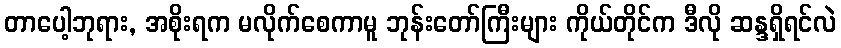
တာပေါ့ဘုရား, အစိုးရက မလိုက်စေကာမူ ဘုန်းတော်ကြီးများ ကိုယ်တိုင်က ဒီလို ဆန္ဒရှိရင်လဲ